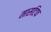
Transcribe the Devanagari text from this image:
मासटिफ